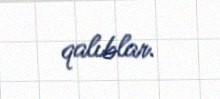
qalıblar.